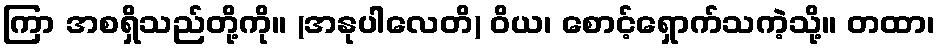
ကြာ အစရှိသည်တို့ကို။ (အနုပါလေတိ) ဝိယ၊ စောင့်ရှောက်သကဲ့သို့။ တထာ၊